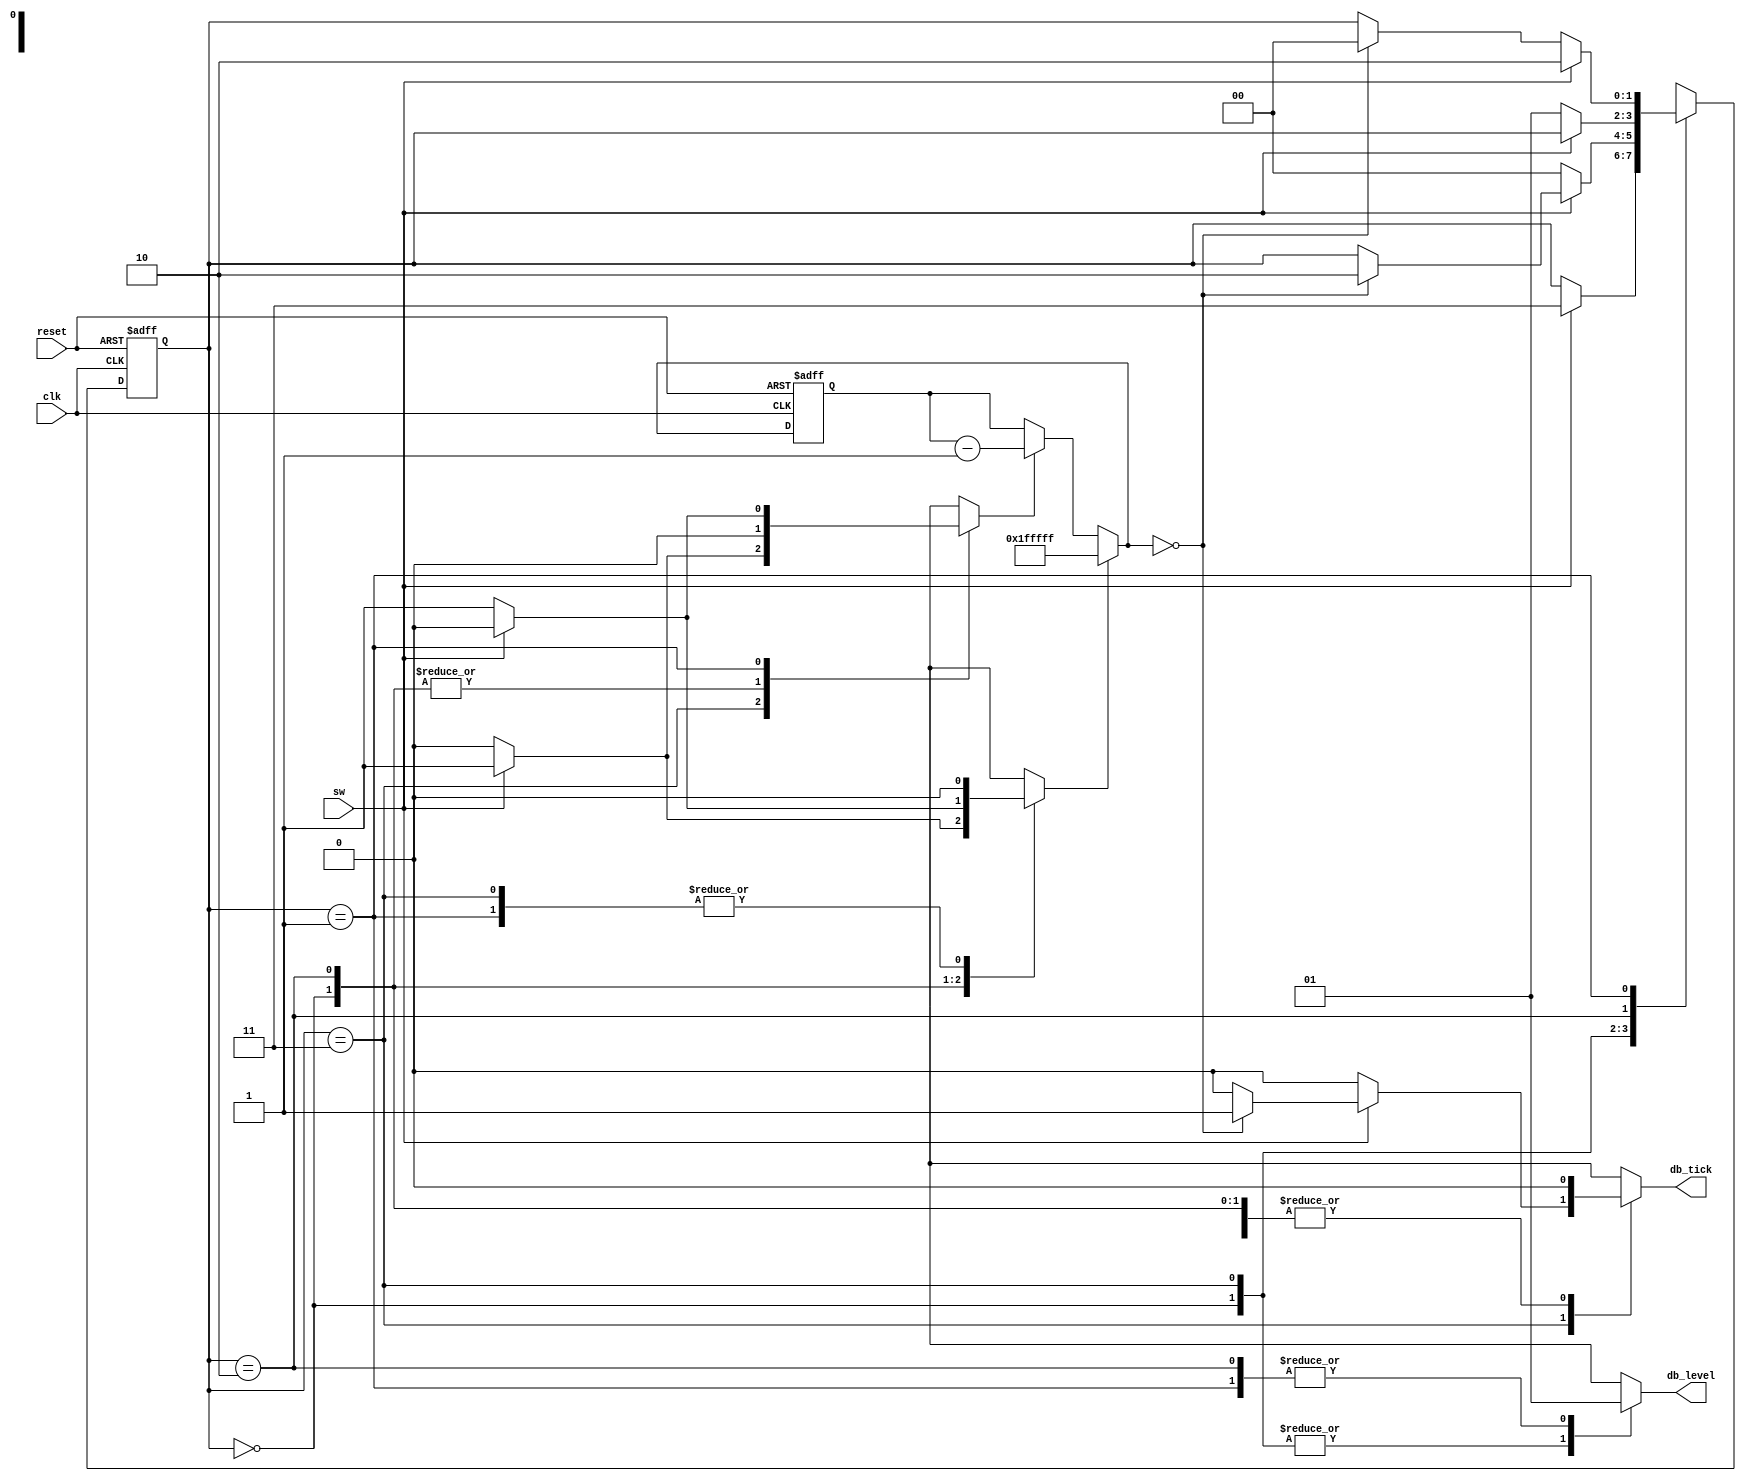
//Listing 6.1
//Chapter 6
//Page 146
//Copyright 2008

module debounce_explicit
    (
     input wire clk, reset,
     input wire sw,
     output reg db_level, db_tick
    );

    // symbolic state declaration
    localparam  [1:0] 
                zero  = 2'b00,
                wait0 = 2'b01,
                one   = 2'b10,
                wait1 = 2'b11;
                
    // number of counter bits (2^N * 20ns = 40ms)
    localparam N=21;
    
    // internal signal declarations
    reg [1:0] state_reg, state_next;
    reg[N-1:0] q_reg;
    wire [N-1:0] q_next;
    wire q_zero;
    reg q_load, q_dec;
    
    // body
    
    // FSMD state & data registers
    always @(posedge clk, posedge reset)
        begin
            if (reset)
                begin
                    state_reg <= zero;
                    q_reg <= 0;
                end
            else
                begin
                    state_reg <= state_next;
                    q_reg <= q_next;
                end
        end
    
    // FSMD data path (counter) next-state logic
    assign q_next = (q_load) ? {N{1'b1}}    :   // load {1..1} <- N bits wide
                    (q_dec)  ? q_reg - 1    :   // decrement
                               q_reg;
    // status signal
    assign q_zero = (q_next == 0);
    
    // FSMD control path next-state logic
    always @*
    begin
        state_next = state_reg;     // default state  : the same
        q_load = 1'b0;              // default output : 0
        q_dec = 1'b0;               // default output : 0
        db_tick = 1'b0;             // default output : 0
        case (state_reg)
            zero:
                begin
                    db_level = 1'b0;
                    if (sw)
                        begin
                            state_next = wait1;
                            q_load = 1'b1;
                        end
                end
            wait1:
                begin
                    db_level = 1'b0;
                    if (sw)
                        begin
                            q_dec = 1'b1;
                            if (q_zero)
                                begin
                                    state_next = one;
                                    db_tick = 1'b1;
                                end
                        end
                    else    // sw == 0
                        state_next = zero;
                end
            one:
                begin
                    db_level = 1'b1;
                    if (~sw)
                        begin
                            state_next = wait0;
                            q_load = 1'b1;
                        end
                end
            wait0:
                begin
                    db_level = 1'b1;
                    if (~sw)
                        begin 
                            q_dec = 1'b1;
                            if (q_zero)
                                state_next = zero;
                        end
                    else    // sw == 1
                        state_next = one;
                end
            default:
                state_next = zero;
        endcase
    end

endmodule // debounce explicit